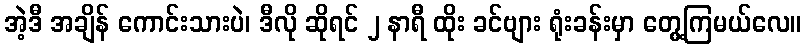
အဲ့ဒီ အချိန် ကောင်းသားပဲ၊ ဒီလို ဆိုရင် ၂ နာရီ ထိုး ခင်ဗျား ရုံးခန်းမှာ တွေ့ကြမယ်လေ။